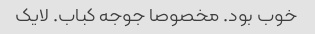
خوب بود. مخصوصا جوجه کباب. لایک